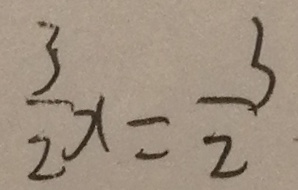
\frac { 3 } { 2 } x = \frac { 3 } { 2 }